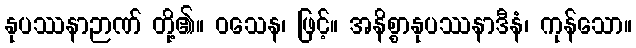
နုပဿနာဉာဏ် တို့၏။ ဝသေန၊ ဖြင့်။ အနိစ္စာနုပဿနာဒီနံ၊ ကုန်သော။